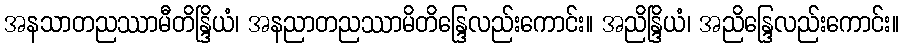
အနသာတညဿာမီတိန္ဒြိယံ၊ အနညာတညဿာမိတိန္ဒြေလည်းကောင်း။ အညိန္ဒြိယံ၊ အညိန္ဒြေလည်းကောင်း။